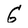
Character: G